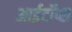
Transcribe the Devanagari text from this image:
आईटॉप्स